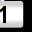
Digit: 1